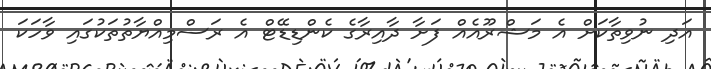
އަދި ނުވިތާކަށް އެ މަޝްރޫއެއް ފަށާ ދާއިރާގެ ކެންޑިޑޭޓް އެ ރަސްމިއްޔާތުތަކުގައި ވާހަކަ